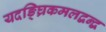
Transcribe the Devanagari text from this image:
यदङ्घ्रिकमलद्वन्द्वं